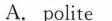
A. polite